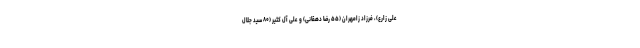
علی زارع)، فرزاد زامهران (۵۵ رضا دهقانی) و علی آل کثیر (۸۰ سید جلال